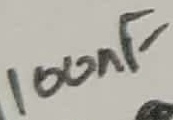
Text: 100nF